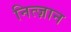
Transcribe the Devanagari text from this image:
नित्ज़ान